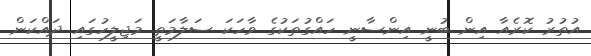
އުތުރު ކޮރެއާ އިން ބުނީ އިންސާނީ ހައްގުތަކުގެ ވާހަކަ ސަލާމަތީ މަޖިލީހުގައި ދައްކަން